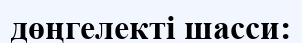
дөңгелекті шасси: